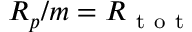
R _ { p } / m = R _ { \mathrm { ~ t ~ o ~ t ~ } }